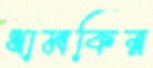
ধামকির